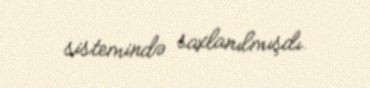
sistemində saxlanılmışdı.